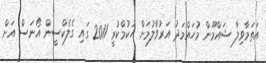
އަތަމާވިލާ ޝައްމޫން މުހައްމަދު އަރުވާލުމަށް ހުކުމްކުރީ 2011 ގައި ގެލެކްސީން އޯނަސް އަށް